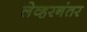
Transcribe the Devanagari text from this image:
लेव्हरनंतर